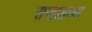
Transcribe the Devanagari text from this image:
सप्ताहाचा